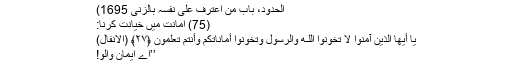
الحدود، باب من اعترف علی نفسہ بالزنی 1695)
(75) امانت میں خیانت کرنا:
يَا أَيُّهَا الَّذِينَ آمَنُوا لَا تَخُونُوا اللَّـهَ وَالرَّسُولَ وَتَخُونُوا أَمَانَاتِكُمْ وَأَنتُمْ تَعْلَمُونَ ﴿٢٧﴾ (الانفال)
’’اے ایمان والو!